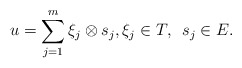
\begin{align*} u=\sum^m_{j=1}\xi_j\otimes s_j, \xi_j\in T,~\,s_j\in E. \end{align*}